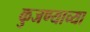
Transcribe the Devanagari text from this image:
कुजण्याच्या